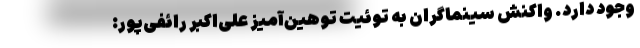
وجود دارد. واکنش سینماگران به توئیت توهین‌آمیز علی‌اکبر رائفی‌پور: